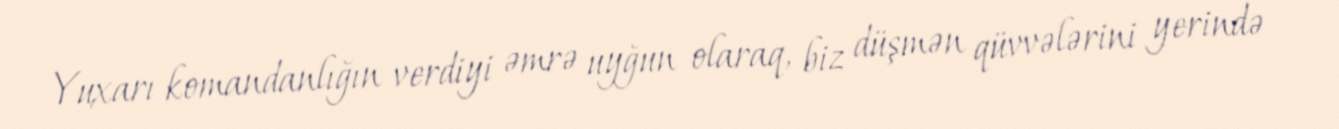
Yuxarı komandanlığın verdiyi əmrə uyğun olaraq, biz düşmən qüvvələrini yerində